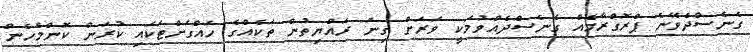
ގެނެސްދެވޭނެ ޕްރޮގްރާމެއް ގެނެސްދެއްވުމަކީ ވަރަށް ގިނަ ރައްޔިތުން ތަކެއްގެ ހައްގަށްޓަކައި ކުރަން ކޮންމެހެން